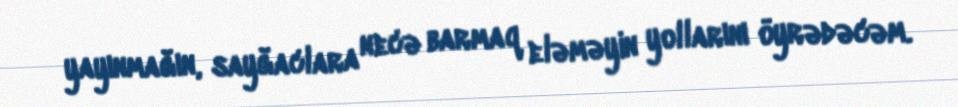
yayınmağın, sayğaclara necə barmaq eləməyin yollarını öyrədəcəm.